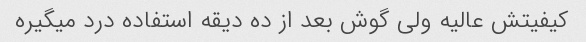
کیفیتش عالیه ولی گوش بعد از ده دیقه استفاده درد میگیره